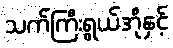
သက်ကြီးရွယ်အိုနှင့်